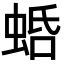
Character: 𧋣